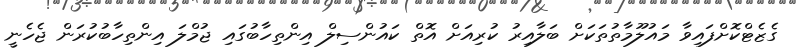
ގެޒެޓްކޮށްފައިވާ މައުލޫމާތުތަކަށް ބަލާއިރު ކުރިއަށް އޮތް ކައުންސިލް އިންތިހާބުގައި ޖުމްލަ އިންތިހާބުކުރަން ޖެހެނީ